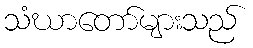
သံဃာတော်များသည်